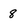
Character: 8